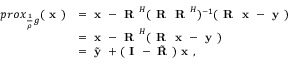
\begin{array} { r l } { p r o x _ { \frac { 1 } { \rho } g } ( \textbf { x } ) } & { = \textbf { x } - \textbf { R } ^ { H } ( \textbf { R } \textbf { R } ^ { H } ) ^ { - 1 } ( \textbf { R } \textbf { x } - \textbf { y } ) } \\ & { = \textbf { x } - \textbf { R } ^ { H } ( \textbf { R } \textbf { x } - \textbf { y } ) } \\ & { = \tilde { \textbf { y } } + ( \textbf { I } - \tilde { \textbf { R } } ) \textbf { x } , } \end{array}